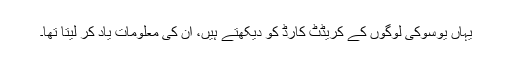
یہاں یوسوکی لوگوں کے کریڈٹ کارڈ کو دیکھتے ہیں، اُن کی معلومات یاد کر لیتا تھا۔